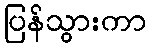
ပြန်သွားကာ